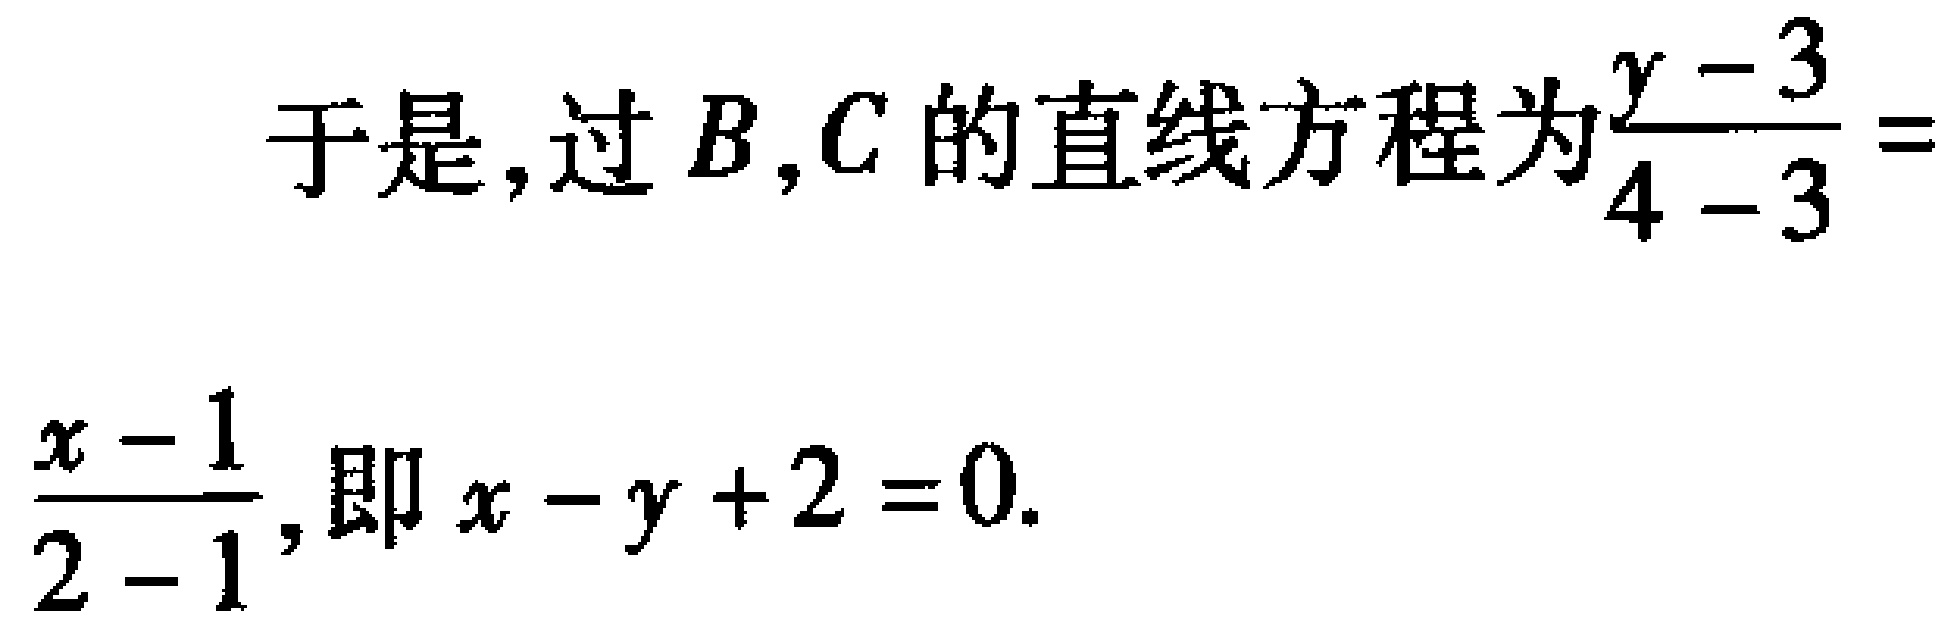
于是, 过 \(B,C\) 的直线方程为\(\frac{y - 3}{4 - 3}=\frac{x - 1}{2 - 1}\), 即 \(x - y + 2 = 0\).